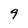
Character: 9